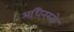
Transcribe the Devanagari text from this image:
अधिनस्तो